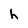
Character: h